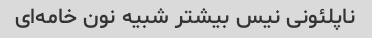
ناپلئونی نیس بیشتر شبیه نون خامه‌ای